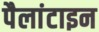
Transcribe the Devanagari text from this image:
पैलांटाइन